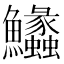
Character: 𩽵